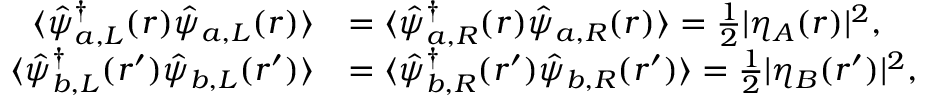
\begin{array} { r l } { \langle \hat { \psi } _ { a , L } ^ { \dagger } ( \boldsymbol { r } ) \hat { \psi } _ { a , L } ( \boldsymbol { r } ) \rangle } & { = \langle \hat { \psi } _ { a , R } ^ { \dagger } ( \boldsymbol { r } ) \hat { \psi } _ { a , R } ( \boldsymbol { r } ) \rangle = \frac { 1 } { 2 } | \eta _ { A } ( \boldsymbol { r } ) | ^ { 2 } , } \\ { \langle \hat { \psi } _ { b , L } ^ { \dagger } ( \boldsymbol { r } ^ { \prime } ) \hat { \psi } _ { b , L } ( \boldsymbol { r } ^ { \prime } ) \rangle } & { = \langle \hat { \psi } _ { b , R } ^ { \dagger } ( \boldsymbol { r } ^ { \prime } ) \hat { \psi } _ { b , R } ( \boldsymbol { r } ^ { \prime } ) \rangle = \frac { 1 } { 2 } | \eta _ { B } ( \boldsymbol { r } ^ { \prime } ) | ^ { 2 } , } \end{array}